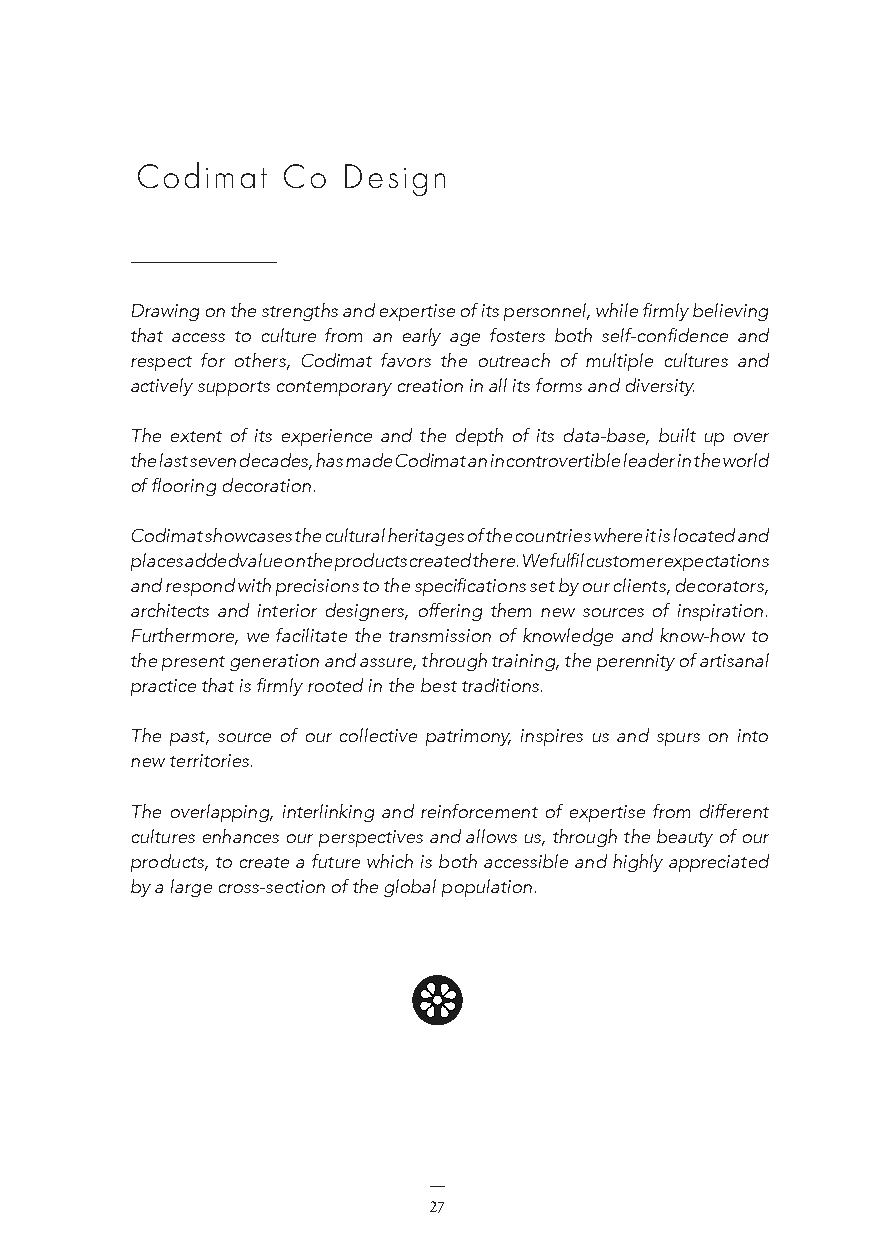
L’entreprise Codimat Co Design Codimat Co Design
 Drawing on the strengths and expertise of its personnel, while firmly believing
 that access to culture from an early age fosters both self-confidence and
 respect for others, Codimat favors the outreach of multiple cultures and
 actively supports contemporary creation in all its forms and diversity.
 The extent of its experience and the depth of its data-base, built up over
 the last seven decades, has made Codimat an incontrovertible leader in the world
 of flooring decoration.
 Codimat showcases the cultural heritages of the countries where it is located and
 places added value on the products created there. We fulfil customer expectations
 and respond with precisions to the specifications set by our clients, decorators,
 architects and interior designers, offering them new sources of inspiration.
 Furthermore, we facilitate the transmission of knowledge and know-how to
 the present generation and assure, through training, the perennity of artisanal
 practice that is firmly rooted in the best traditions.
 The past, source of our collective patrimony, inspires us and spurs on into
 new territories.
 The overlapping, interlinking and reinforcement of expertise from different
 cultures enhances our perspectives and allows us, through the beauty of our
 products, to create a future which is both accessible and highly appreciated
 by a large cross-section of the global population.
 26                          27